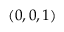
( 0 , 0 , 1 )